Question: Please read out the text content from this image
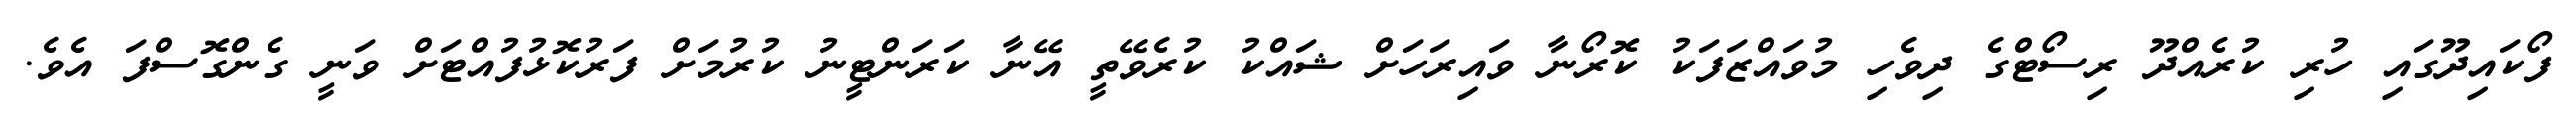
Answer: ފޯކައިދޫގައި ހުރި ކުރެއްދޫ ރިސޯޓްގެ ދިވެހި މުވައްޒަފަކު ކޮރޯނާ ވައިރަހަށް ޝައްކު ކުރެވޭތީ އޭނާ ކަރަންޓީނު ކުރުމަށް ފަރުކޮޅުފުއްޓަށް ވަނީ ގެންގޮސްފަ އެވެ.